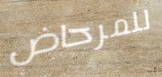
للمرحاض